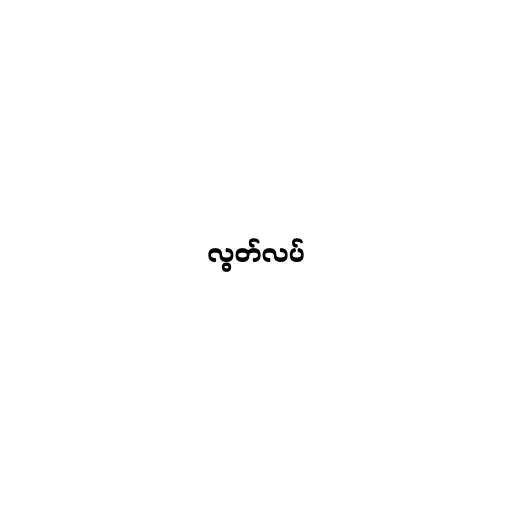
လွတ်လပ်